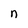
Character: n